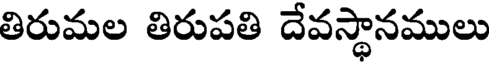
తిరుమల తిరుపతి దేవస్థానములు